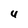
Character: 4